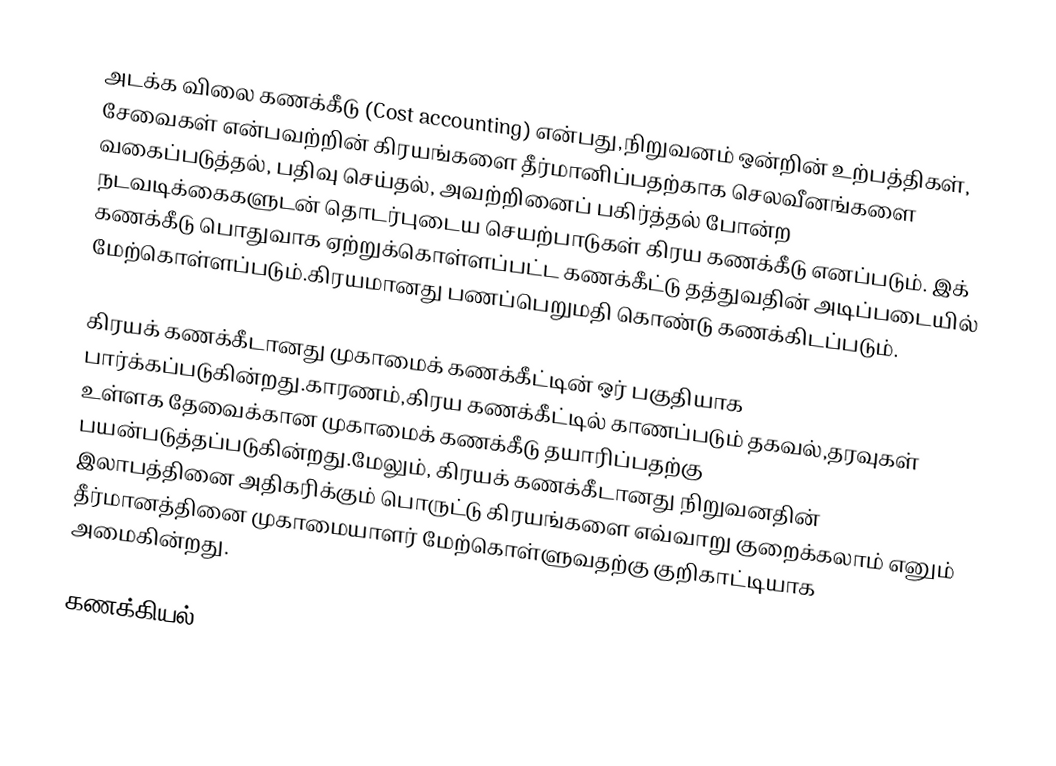
அடக்க விலை கணக்கீடு (Cost accounting) என்பது,நிறுவனம் ஒன்றின் உற்பத்திகள், சேவைகள் என்பவற்றின் கிரயங்களை தீர்மானிப்பதற்காக செலவீனங்களை வகைப்படுத்தல், பதிவு செய்தல், அவற்றினைப் பகிர்த்தல் போன்ற நடவடிக்கைகளுடன் தொடர்புடைய செயற்பாடுகள் கிரய கணக்கீடு எனப்படும். இக் கணக்கீடு பொதுவாக ஏற்றுக்கொள்ளப்பட்ட கணக்கீட்டு தத்துவதின் அடிப்படையில் மேற்கொள்ளப்படும்.கிரயமானது பணப்பெறுமதி கொண்டு கணக்கிடப்படும்.

கிரயக் கணக்கீடானது முகாமைக் கணக்கீட்டின் ஒர் பகுதியாக பார்க்கப்படுகின்றது.காரணம்,கிரய கணக்கீட்டில் காணப்படும் தகவல்,தரவுகள் உள்ளக தேவைக்கான முகாமைக் கணக்கீடு தயாரிப்பதற்கு பயன்படுத்தப்படுகின்றது.மேலும், கிரயக் கணக்கீடானது நிறுவனதின் இலாபத்தினை அதிகரிக்கும் பொருட்டு கிரயங்களை எவ்வாறு குறைக்கலாம் எனும் தீர்மானத்தினை முகாமையாளர் மேற்கொள்ளுவதற்கு குறிகாட்டியாக அமைகின்றது.

கணக்கியல்